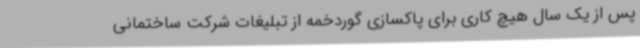
پس از یک سال هیچ کاری برای پاکسازی گوردخمه از تبلیغات شرکت ساختمانی